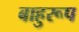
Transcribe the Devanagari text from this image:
बाहुरूप